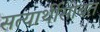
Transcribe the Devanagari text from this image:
सत्यार्थीसोबत